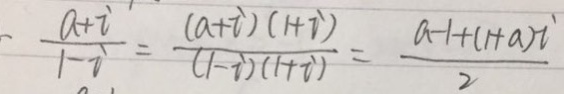
\frac { a + i } { 1 - i } = \frac { ( a + i ) ( 1 + i ) } { ( 1 - i ) ( 1 + i ) } = \frac { a - 1 + ( 1 + a ) i } { 2 }